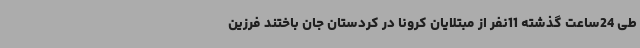
طی 24ساعت گذشته 11نفر از مبتلایان کرونا در کردستان جان باختند فرزین